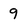
Character: 9